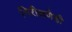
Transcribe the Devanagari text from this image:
निरीक्षणेही